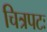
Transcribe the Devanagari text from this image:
चित्रपटः